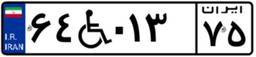
۶۴W۰۱۳۷۵